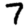
Digit: 7